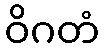
ဝိဂတံ